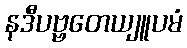
နဒီပဗ္ဗတေယျူပမံ